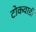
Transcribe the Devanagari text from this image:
टोकवाडी